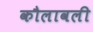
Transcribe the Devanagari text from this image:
कौलावली